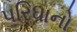
પરિધાનો